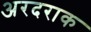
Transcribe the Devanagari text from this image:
अरदराक